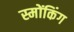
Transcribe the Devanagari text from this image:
स्मोंकिंग